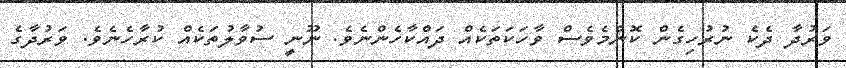
ވަރުދާ ދެކެ ނުރުހިގެން ކޮންމެވެސް ވާހަކަތަކެއް ދައްކާހެންނެވެ. ނޫނީ ސުވާލުތަކެއް ކުރާހެނެވެ. ވަރުދާގެ